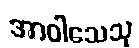
အာဝါသေသု